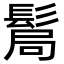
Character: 𩭊